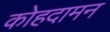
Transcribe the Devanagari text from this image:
कोहदामन